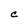
Character: c